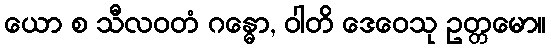
ယော စ သီလဝတံ ဂန္ဓော, ဝါတိ ဒေဝေသု ဥတ္တမော။